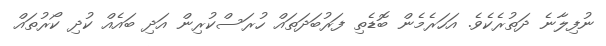
ނުފިލާނެ ދަތުރެކެވެ. އަހަރެމެން ބޮޑެތި ފަރުބަދަތައް ހުރަސްކުރިން އަދި ބައެއް ކުދި ކޯރުތައް